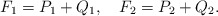
\begin{align*}F_{1} = P_{1} + Q_{1} , \quad F_{2} = P_{2} + Q_{2} .\end{align*}